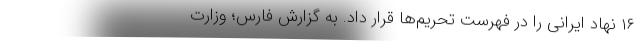
۱۶ نهاد ایرانی را در فهرست تحریم‌ها قرار داد. به گزارش فارس؛ وزارت